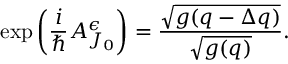
\exp \left( \frac { i } { \hbar } { \cal A } _ { J _ { 0 } } ^ { \epsilon } \right) = \frac { \sqrt { g ( q - \Delta q ) } } { \sqrt { g ( q ) } } .